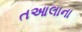
તઆલાના